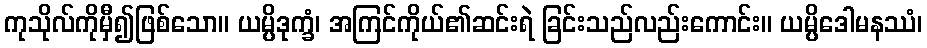
ကုသိုလ်ကိုမှီ၍ဖြစ်သော။ ယမ္ပိဒုက္ခံ၊ အကြင်ကိုယ်၏ဆင်းရဲ ခြင်းသည်လည်းကောင်း။ ယမ္ပိဒေါမနဿံ၊